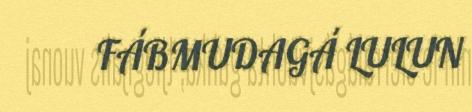
FÁBMUDAGÁ LULUN